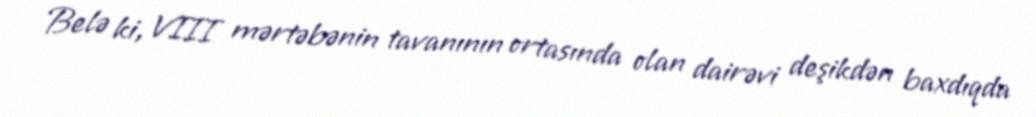
Belə ki, VIII mərtəbənin tavanının ortasında olan dairəvi deşikdən baxdıqda